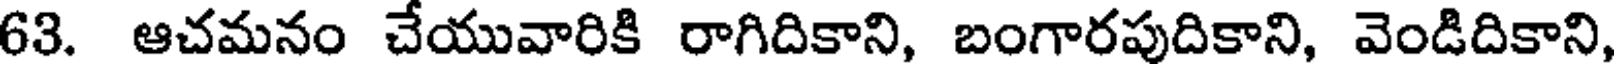
63. ఆచమనం చేయువారికి రాగిదికాని, బంగారపుదికాని, వెండిదికాని,